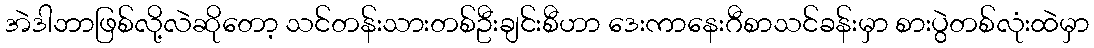
အဲဒါဘာဖြစ်လို့လဲဆိုတော့ သင်တန်းသားတစ်ဦးချင်းစီဟာ ဒေးကာနေးဂီစာသင်ခန်းမှာ စားပွဲတစ်လုံးထဲမှာ